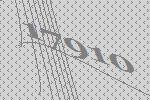
17910